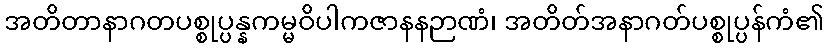
အတိတာနာဂတပစ္စုပ္ပန္နကမ္မဝိပါကဇာနနဉာဏံ၊ အတိတ်အနာဂတ်ပစ္စုပ္ပန်ကံ၏